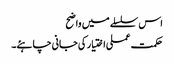
اس سلسلے میں واضح
حکمت عملی اختیار کی جانی چاہئے۔